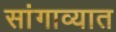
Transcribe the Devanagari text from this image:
सांगाव्यात